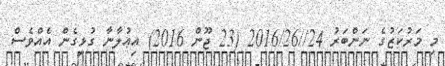
މި މަރުކަޒުގެ ނަންބަރު 24//2016/26 (23 ޖޫން 2016) އިޢުލާނާ ގުޅިގެން އެއްވެސް